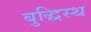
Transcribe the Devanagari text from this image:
बुद्धिस्थ